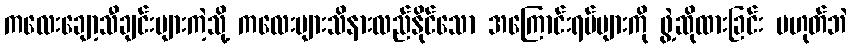
ကလေးချော့သီချင်းများကဲ့သို့ ကလေးများသိနားလည်နိုင်သော အကြောင်းရပ်များကို ဖွဲ့ဆိုထားခြင်း မဟုတ်ဘဲ